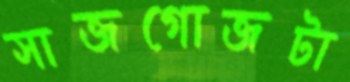
সাজগোজটা